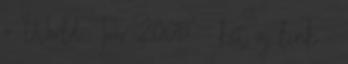
» 'World Tour 2005' - két új link -